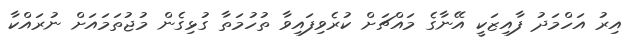
އިރު އަހްމަދު ފާއިޒަކީ އޭނާގެ މައްޗަށް ކުރެވިފައިވާ ތުހުމަތާ ގުޅިގެން މުޖުތަމައަށް ނުރައްކާ